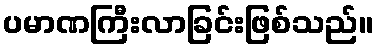
ပမာဏကြီးလာခြင်းဖြစ်သည်။